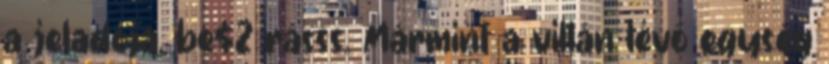
a jeladója, be$2 rásss. Mármint a villán lévő egység